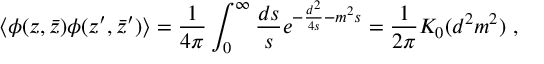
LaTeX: \langle \phi ( z , \bar { z } ) \phi ( z ^ { \prime } , \bar { z } ^ { \prime } ) \rangle = { \frac { 1 } { 4 \pi } } \int _ { 0 } ^ { \infty } { \frac { d s } { s } } e ^ { - { \frac { d ^ { 2 } } { 4 s } } - m ^ { 2 } s } = { \frac { 1 } { 2 \pi } } K _ { 0 } ( d ^ { 2 } m ^ { 2 } ) ~ ,